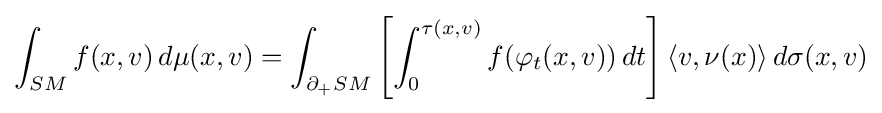
\int _{SM}f(x,v)\,d\mu (x,v)=\int _{\partial _{+}SM}\left[\int _{0}^{\tau (x,v)}f(\varphi _{t}(x,v))\,dt\right]\langle v,\nu (x)\rangle \,d\sigma (x,v)